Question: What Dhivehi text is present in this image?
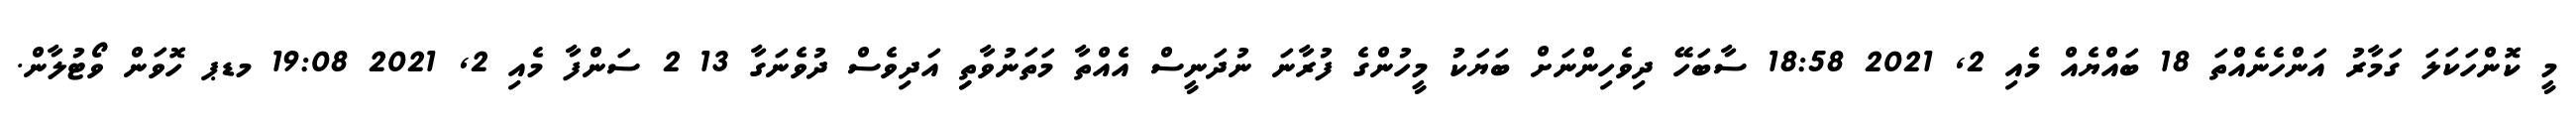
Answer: މީ ކޮންހަކަލަ ގަމާރު އަންހެނެއްތަ 18 ބައްޔެއް މެއި 2, 2021 18:58 ސާބަހޭ ދިވެހިންނަށް ބަޔަކު މީހުންގެ ފުރާނަ ނުދަނީސް އެއްތާ މަތަނުވާތިި އަދިވެސް ދުވެނަގާ 13 2 ސަންފާ މެއި 2, 2021 19:08 މޑޕ ހޮވަން ވޯޓުލާން.